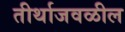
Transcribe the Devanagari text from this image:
तीर्थाजवळील